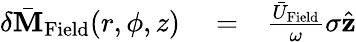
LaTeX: \begin{array}{rlr}{\delta\bar{\mathbf M}_{\mathrm{Field}}(r,\phi,z)}&{{}=}&{\frac{\bar{U}_{\mathrm{Field}}}{\omega}\sigma\hat{\mathbf z}}\end{array}